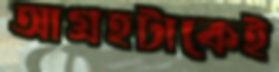
আগ্রহটাকেই